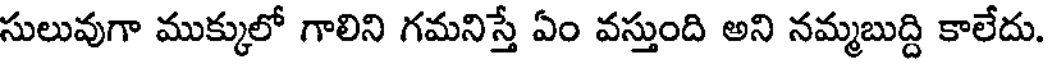
సులువుగా ముక్కులో గాలిని గమనిస్తే ఏం వస్తుంది అని నమ్మబుద్ది కాలేదు.